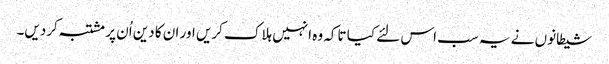
شیطانوں نے یہ سب اس لئے کیا تاکہ وہ انہیں ہلاک کریں اور ان کا دین اُن پر مشتبہ کردیں۔